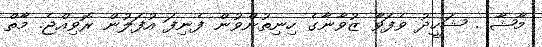
މާޝާ . ޝަހީދު ވެފަވާ ޒުވާނާގެ ހިނިތުންވުން ފެނިފަ އުފަލުން ރޮވިއްޖެ. މާތް